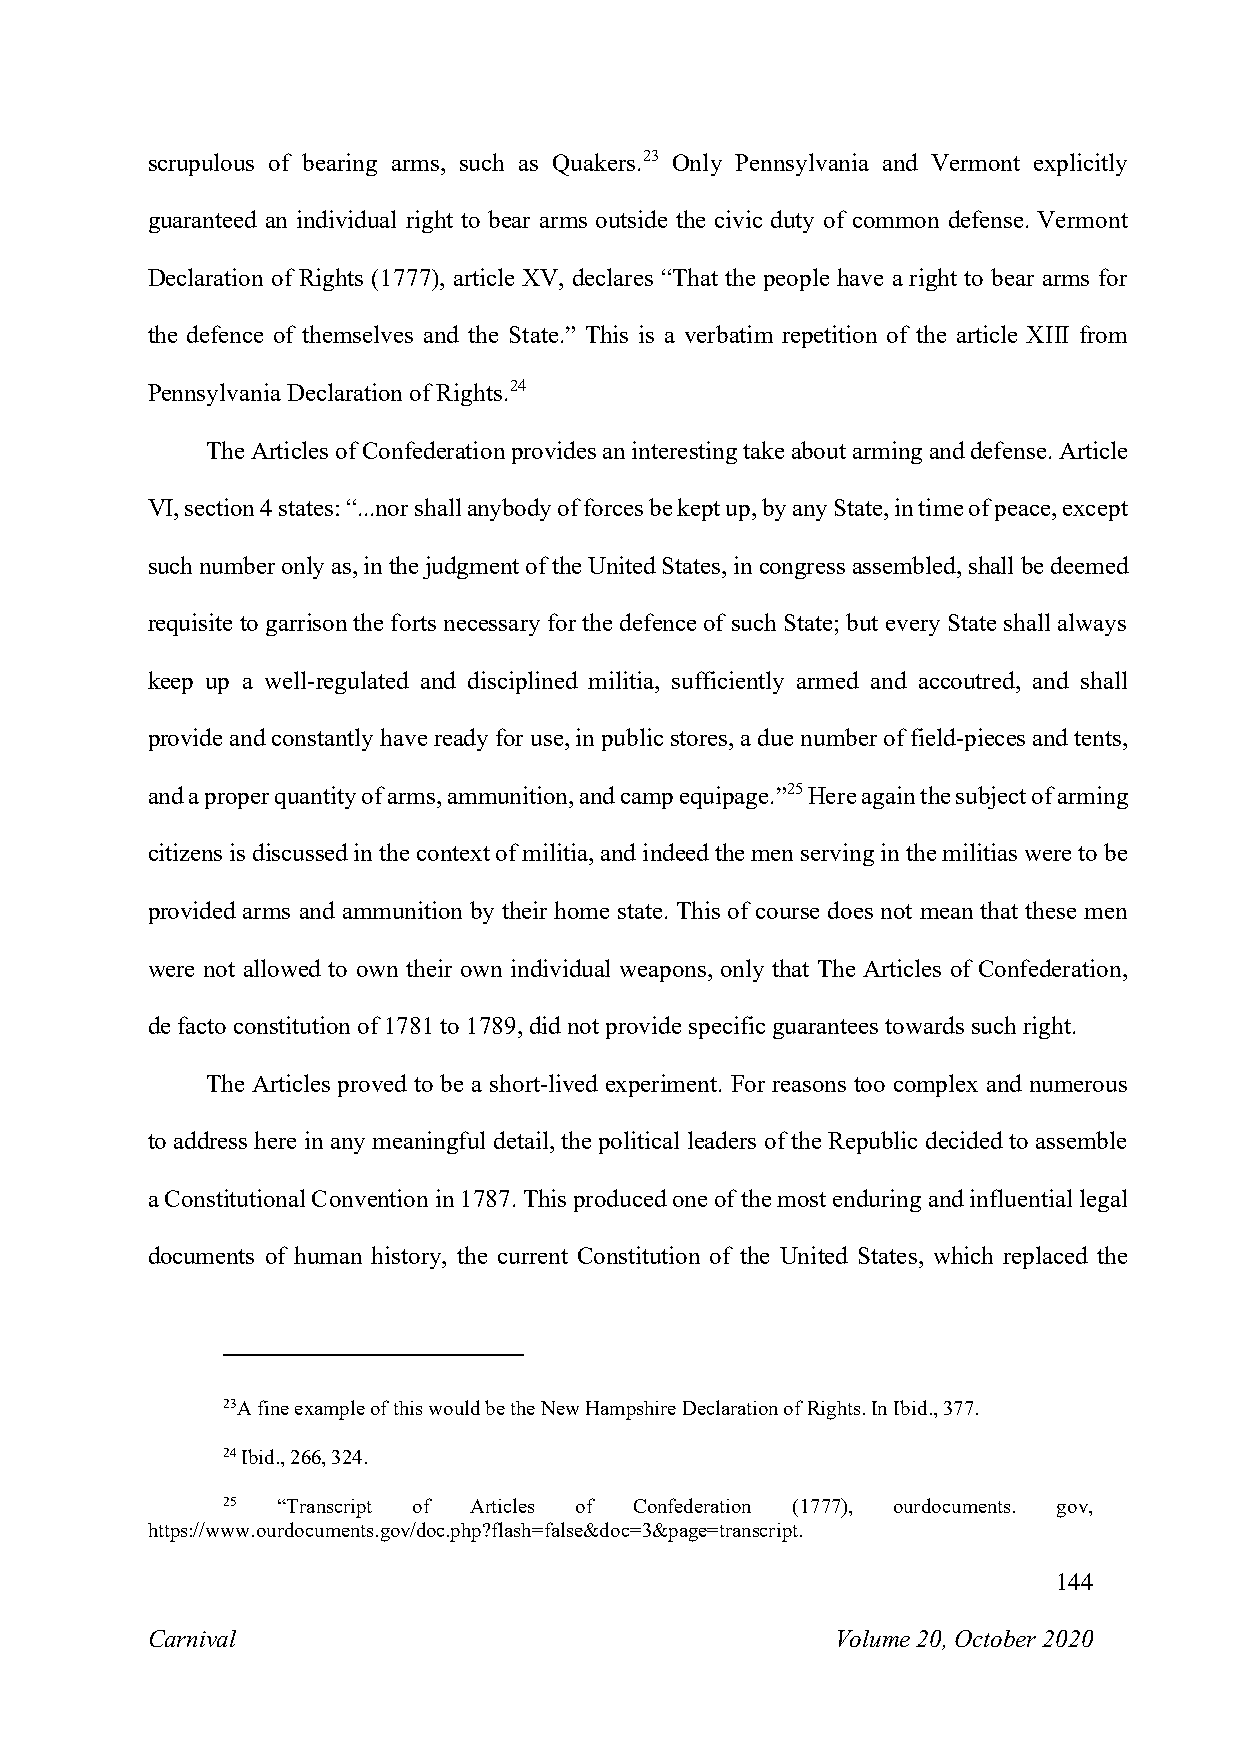
scrupulous of bearing arms, such as Quakers.23 Only Pennsylvania and Vermont explicitly
 guaranteed an individual right to bear arms outside the civic duty of common defense. Vermont
 Declaration of Rights (1777), article XV, declares “That the people have a right to bear arms for
 the defence of themselves and the State.” This is a verbatim repetition of the article XIII from
 Pennsylvania Declaration of Rights.24
 The Articles of Confederation provides an interesting take about arming and defense. Article
 VI, section 4 states: “...nor shall anybody of forces be kept up, by any State, in time of peace, except
 such number only as, in the judgment of the United States, in congress assembled, shall be deemed
 requisite to garrison the forts necessary for the defence of such State; but every State shall always
 keep up a well-regulated and disciplined militia, sufficiently armed and accoutred, and shall
 provide and constantly have ready for use, in public stores, a due number of field-pieces and tents,
 and a proper quantity of arms, ammunition, and camp equipage.”25 Here again the subject of arming
 citizens is discussed in the context of militia, and indeed the men serving in the militias were to be
 provided arms and ammunition by their home state. This of course does not mean that these men
 were not allowed to own their own individual weapons, only that The Articles of Confederation,
 de facto constitution of 1781 to 1789, did not provide specific guarantees towards such right.
 The Articles proved to be a short-lived experiment. For reasons too complex and numerous
 to address here in any meaningful detail, the political leaders of the Republic decided to assemble
 a Constitutional Convention in 1787. This produced one of the most enduring and influential legal
 documents of human history, the current Constitution of the United States, which replaced the
 23A fine example of this would be the New Hampshire Declaration of Rights. In Ibid., 377.
 24 Ibid., 266, 324.
 25 “Transcript of Articles of Confederation (1777), ourdocuments. gov,
 https://www.ourdocuments.gov/doc.php?flash=false&doc=3&page=transcript.
 144
 Carnival                                     Volume 20, October 2020